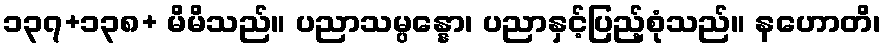
၁၃၇+၁၃၈+ မိမိသည်။ ပညာသမ္ပန္နော၊ ပညာနှင့်ပြည့်စုံသည်။ နဟောတိ၊